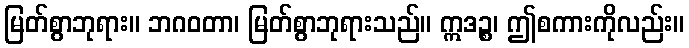
မြတ်စွာဘုရား။ ဘဂဝတာ၊ မြတ်စွာဘုရားသည်။ ဣဒဉ္စ၊ ဤစကားကိုလည်း။